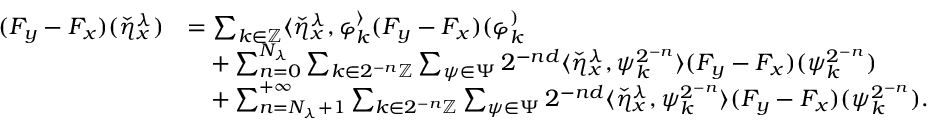
\begin{array} { r l } { ( F _ { y } - F _ { x } ) ( \check { \eta } _ { x } ^ { \lambda } ) } & { = \sum _ { k \in \mathbb { Z } } \langle \check { \eta } _ { x } ^ { \lambda } , \varphi _ { k } ^ \rangle ( F _ { y } - F _ { x } ) ( \varphi _ { k } ^ ) } \\ & { \quad + \sum _ { n = 0 } ^ { N _ { \lambda } } \sum _ { k \in 2 ^ { - n } \mathbb { Z } } \sum _ { \psi \in \Psi } 2 ^ { - n d } \langle \check { \eta } _ { x } ^ { \lambda } , \psi _ { k } ^ { 2 ^ { - n } } \rangle ( F _ { y } - F _ { x } ) ( \psi _ { k } ^ { 2 ^ { - n } } ) } \\ & { \quad + \sum _ { n = N _ { \lambda } + 1 } ^ { + \infty } \sum _ { k \in 2 ^ { - n } \mathbb { Z } } \sum _ { \psi \in \Psi } 2 ^ { - n d } \langle \check { \eta } _ { x } ^ { \lambda } , \psi _ { k } ^ { 2 ^ { - n } } \rangle ( F _ { y } - F _ { x } ) ( \psi _ { k } ^ { 2 ^ { - n } } ) . } \end{array}